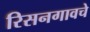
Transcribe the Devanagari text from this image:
रिसनगावचे